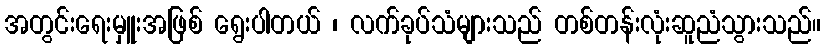
အတွင်းရေးမှူးအဖြစ် ရွေးပါတယ် ၊ လက်ခုပ်သံများသည် တစ်တန်းလုံးဆူညံသွားသည်။